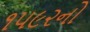
૧૫૯૨નો